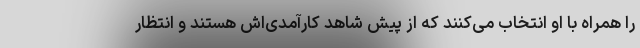
را همراه با او انتخاب می‌کنند که از پیش شاهد کارآمدی‌اش هستند و انتظار